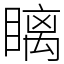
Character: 瞝